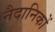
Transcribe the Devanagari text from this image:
नैदानिकों